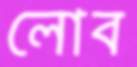
লোব